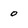
Character: 0